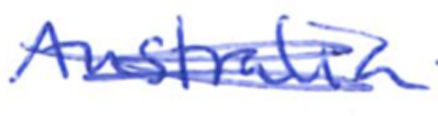
Text: Australia
Cross-out: scratch
Writing tool: ballpoint